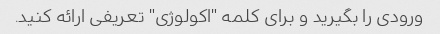
ورودی را بگیرید و برای کلمه "اکولوژی" تعریفی ارائه کنید.